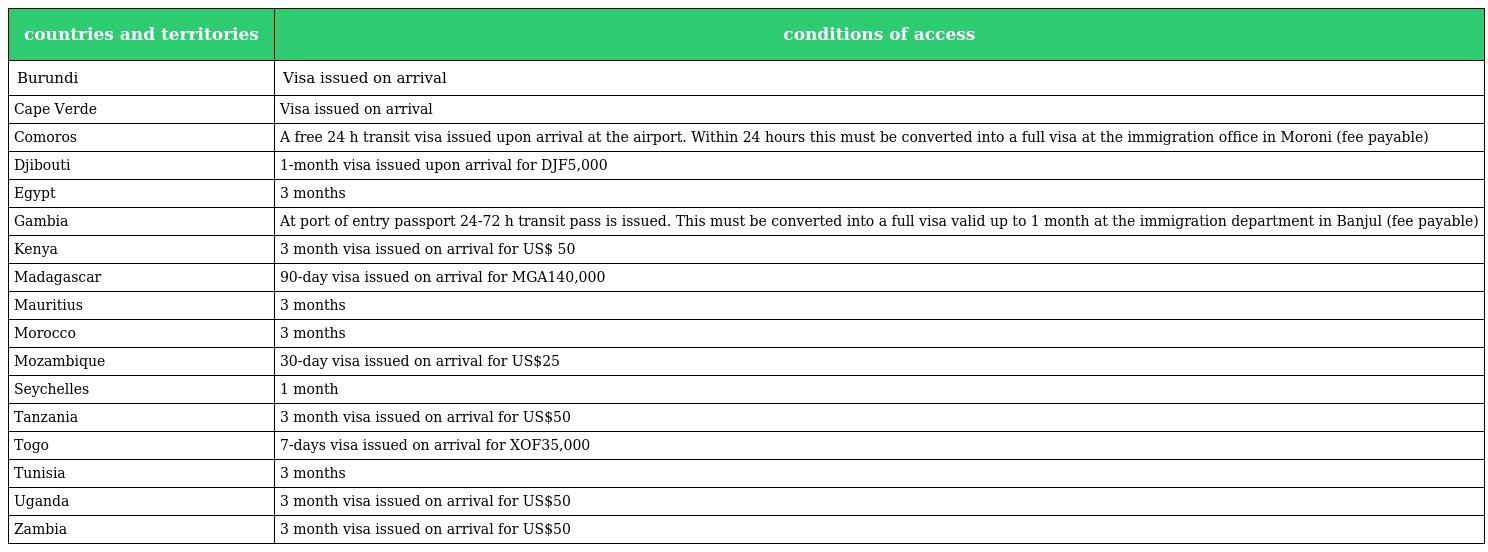
| countries and territories | conditions of access |
 | --- | --- |
 | Burundi | Visa issued on arrival |
 | Cape Verde | Visa issued on arrival |
 | Comoros | A free 24 h transit visa issued upon arrival at the airport. Within 24 hours this must be converted into a full visa at the immigration office in Moroni (fee payable) |
 | Djibouti | 1-month visa issued upon arrival for DJF5,000 |
 | Egypt | 3 months |
 | Gambia | At port of entry passport 24-72 h transit pass is issued. This must be converted into a full visa valid up to 1 month at the immigration department in Banjul (fee payable) |
 | Kenya | 3 month visa issued on arrival for US$ 50 |
 | Madagascar | 90-day visa issued on arrival for MGA140,000 |
 | Mauritius | 3 months |
 | Morocco | 3 months |
 | Mozambique | 30-day visa issued on arrival for US$25 |
 | Seychelles | 1 month |
 | Tanzania | 3 month visa issued on arrival for US$50 |
 | Togo | 7-days visa issued on arrival for XOF35,000 |
 | Tunisia | 3 months |
 | Uganda | 3 month visa issued on arrival for US$50 |
 | Zambia | 3 month visa issued on arrival for US$50 |